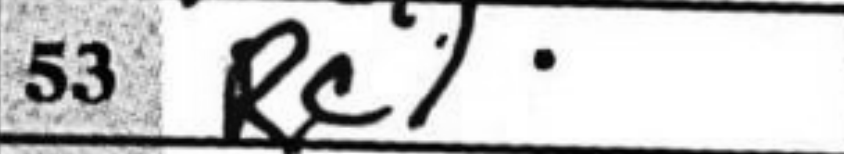
Transcription: Rc1